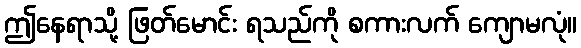
ဤနေရာသို့ ဖြတ်မောင်း ရသည်ကို စကားလက် ကျောမလုံ။